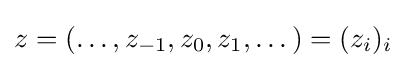
{\textstyle z=(\dots ,z_{-1},z_{0},z_{1},\dots )=(z_{i})_{i}}